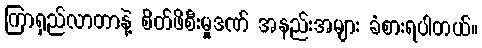
ကြာရှည်လာတာနဲ့ စိတ်ဖိစီးမှုဒဏ် အနည်းအများ ခံစားရပါတယ်။